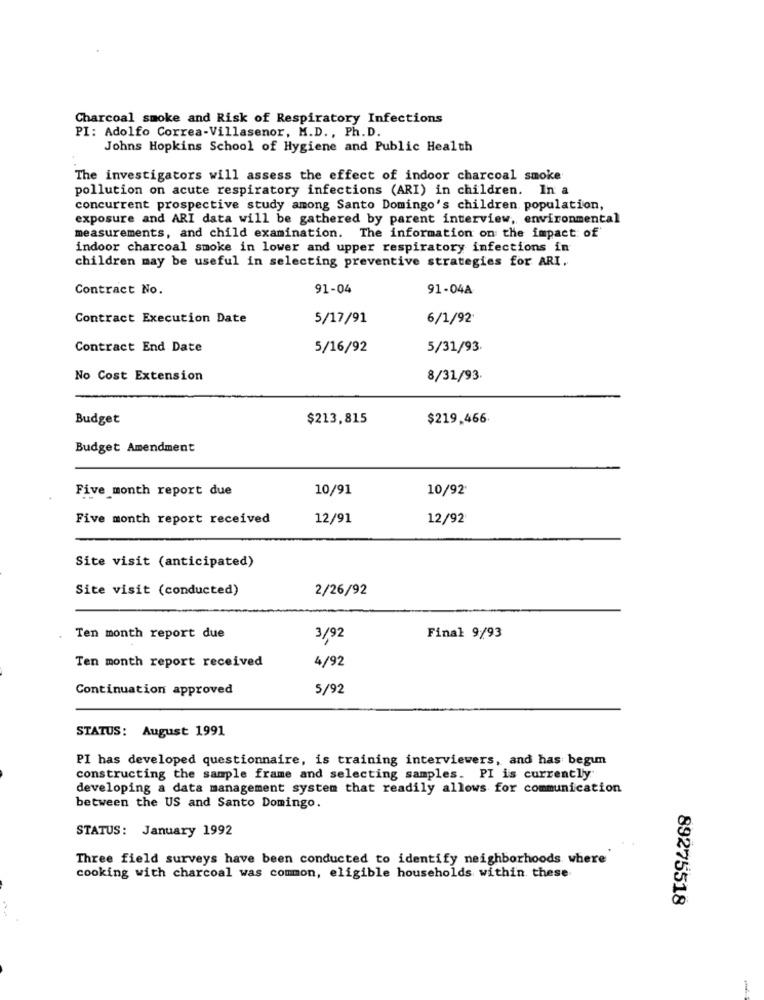
Charcoal smoke and Risk of Respiratory Infections
PI: Adolfo Correa-Villasenor, M.D ., Ph.D.
Johns Hopkins School of Hygiene and Public Health
The investigators will assess the effect of indoor charcoal smoke
pollution on acute respiratory infections (ARI) in children. In a
concurrent prospective study among Santo Domingo's children population,
exposure and ARI data will be gathered by parent interview, environmental
measurements, and child examination. The information on the impact of
indoor charcoal smoke in lower and upper respiratory infections in
children may be useful in selecting preventive strategies for ARI.
Contract No.
91-04
91-04A
Contract Execution Date
5/17/91
6/1/92
Contract End Date
5/16/92
5/31/93.
No Cost Extension
8/31/93.
Budget
$213,815
$219,466
Budget Amendment
Five month report due
10/91
10/92
Five month report received
12/91
12/92
Site visit (anticipated)
Site visit (conducted)
2/26/92
Ten month report due
3/92
Final 9/93
Ten month report received
4/92
Continuation approved
5/92
STATUS: August 1991
PI has developed questionnaire, is training interviewers, and has begun
constructing the sample frame and selecting samples. PI is currently
developing a data management system that readily allows for communication
between the US and Santo Domingo.
STATUS: January 1992
Three field surveys have been conducted to identify neighborhoods where
cooking with charcoal was common, eligible households within these
89275518